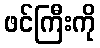
ဖင်ကြီးကို